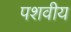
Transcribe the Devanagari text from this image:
पशवीय